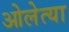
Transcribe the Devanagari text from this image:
ओलेत्या